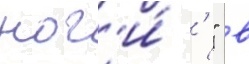
ног'и́ ' " в